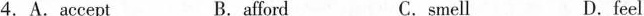
4. A. Accept B. afford C. smell D. feel